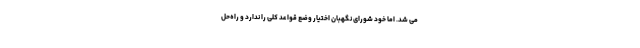
می شد. اما خود شورای نگهبان اختیار وضع قواعد کلی را ندارد و راه‌حل